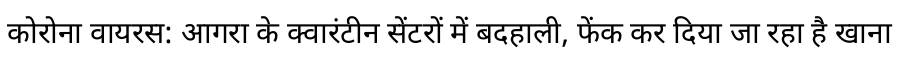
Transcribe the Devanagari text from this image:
कोरोना वायरस: आगरा के क्वारंटीन सेंटरों में बदहाली, फेंक कर दिया जा रहा है खाना